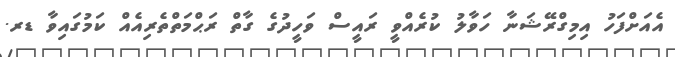
އެއަށްފަހު އިމިގްރޭޝަނާ ހަވާލު ކުރެއްވީ ރައީސް ވަހީދުގެ ގާތް ރަޙްމަތްތެރިއެއް ކަމުގައިވާ ޑރ.